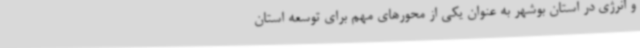
و انرژی در استان بوشهر به عنوان یکی از محورهای مهم برای توسعه استان